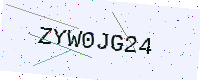
Text: ZYW0JG24